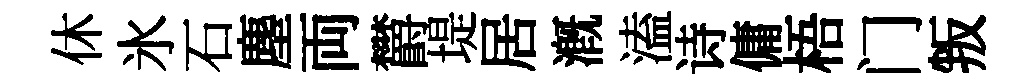
休氷石塵両欝堤居溉溘诗傭梧门叛